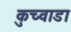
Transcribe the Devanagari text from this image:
कुच्वाडा